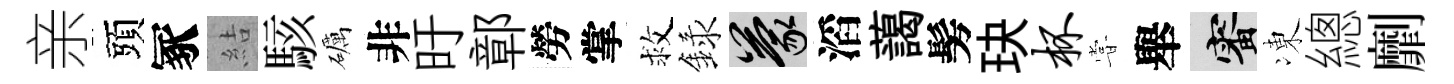
亲頭冢結駭礪非旴鄣勞掌救録蒙滔藹髣玦杯甞舉審凍總劘